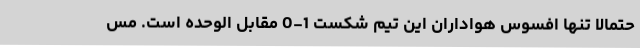
حتمالاً تنها افسوس هواداران این تیم شکست 1-0 مقابل الوحده است. مس